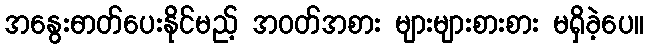
အနွေးဓာတ်ပေးနိုင်မည့် အဝတ်အစား များများစားစား မရှိခဲ့ပေ။